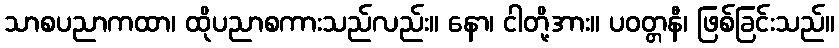
သာစပညာကထာ၊ ထိုပညာစကားသည်လည်း။ နော၊ ငါတို့အား။ ပဝတ္တနီ၊ ဖြစ်ခြင်းသည်။